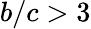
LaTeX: b/c>3